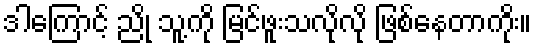
ဒါကြောင့် ညို သူ့ကို မြင်ဖူးသလိုလို ဖြစ်နေတာကိုး။